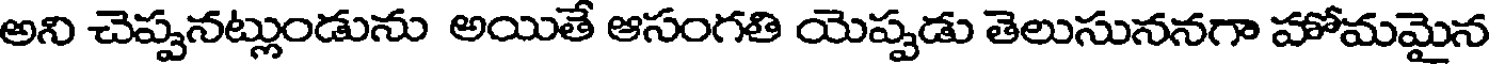
అని చెప్పనట్లుండును అయితే ఆసంగతి యెప్పడు తెలుసుననగా హోమమైన